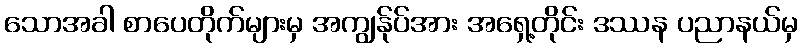
သောအခါ စာပေတိုက်များမှ အကျွန်ုပ်အား အရှေ့တိုင်း ဒဿန ပညာနယ်မှ